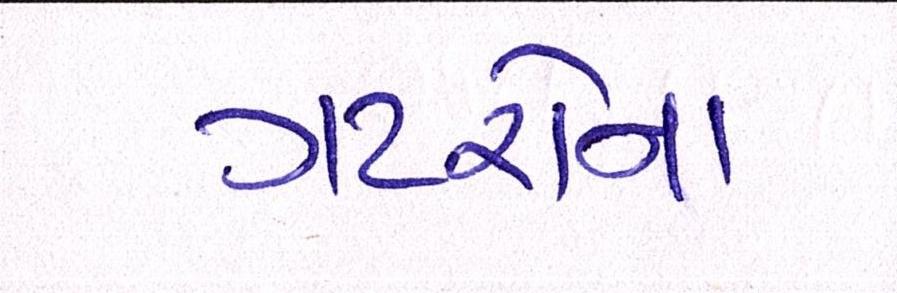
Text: ગટરોના